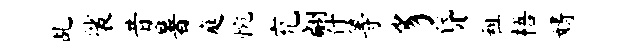
乩裟昔暑庭惋充翩什等豸贷租梧婿